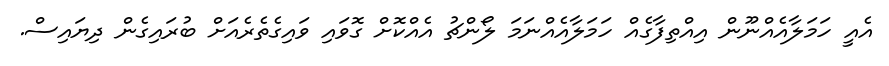
އެއީ ހަމަލާއެއްނޫން އިއްތިފާގެއް ހަމަލާއެއްނަމަ ލޯންޗު އެއްކޮށް ގޮވައި ވައިގެތެރެއަށް ބުރައިގެން ދިޔައިސް.